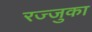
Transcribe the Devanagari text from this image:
रज्जुका